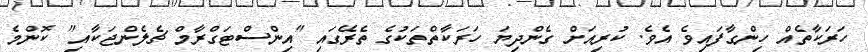
ހަރަކާތެއް ހިންގާފައިވެ އެވެ. ކުރިއަށް ގެންދިޔަ ހަރަކާތްތަކުގެ ތެރޭގައި "އިންސްޓަގްރާމް ޗެލެންޖަކާއި" ކޮންމެ